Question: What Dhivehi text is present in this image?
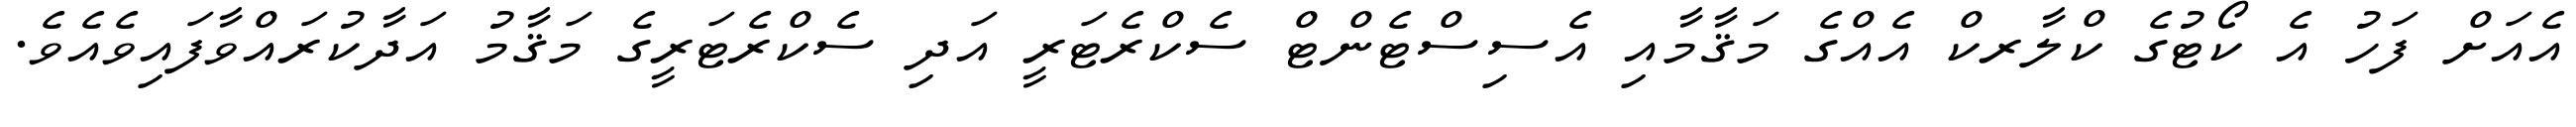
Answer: އެއަށް ފަހު އެ ކޯޓުގެ ކްލާރކް އެއްގެ މަޤާމާއި އެސިސްޓެންޓް ސެކްރެޓަރީ އަދި ސެކްރެޓަރީގެ މަޤާމު އަދާކުރައްވާފައިވެއެވެ.